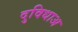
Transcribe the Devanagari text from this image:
दुविधाअ